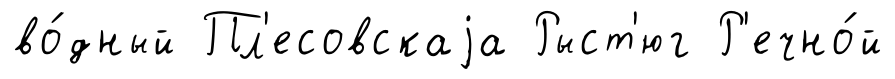
во́дный Пл'есовскаjа Рыст'юг Р'ечно́й